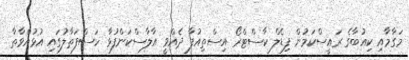
މަގާމާއި ކިއުބާގެ ރައީސްކަމުން ފިޑެލް ކާސްޓްރޯ އިސްތިއުފާ ދެއްވީ އާލާސްކަންފުޅާ ހަސްފަތާލުގައި އުޅުއްވާތާ